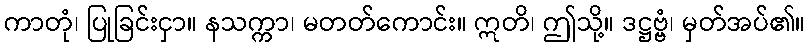
ကာတုံ၊ ပြုခြင်းငှာ။ နသက္ကာ၊ မတတ်ကောင်း။ ဣတိ၊ ဤသို့။ ဒဋ္ဌဗ္ဗံ၊ မှတ်အပ်၏။